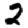
Digit: 2